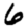
Digit: 6